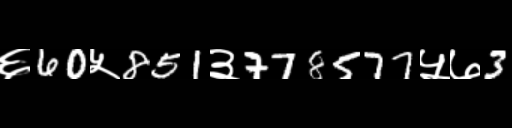
Text: ६60५851३778577५७3